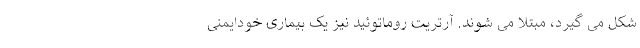
شکل می گیرد، مبتلا می شوند. آرتریت روماتوئید نیز یک بیماری خودایمنی